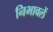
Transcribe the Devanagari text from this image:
निभावलें